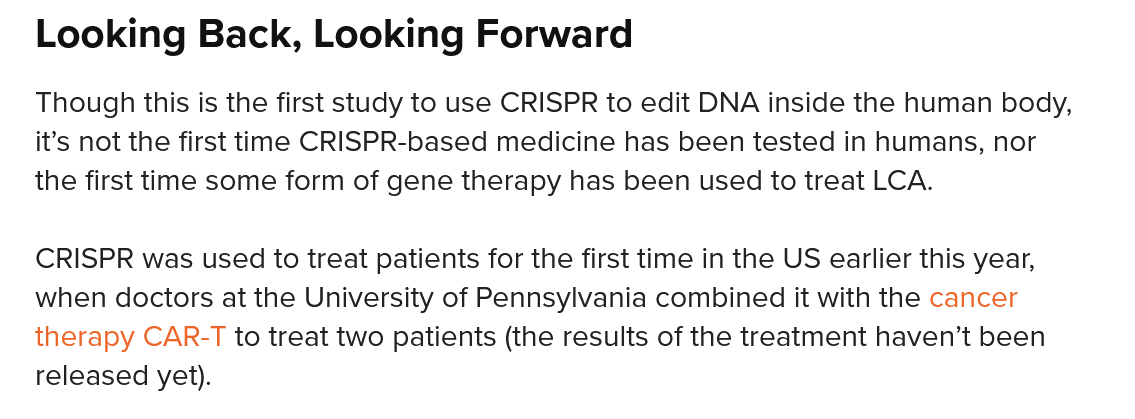
CRISPR was used to treat patients for the first time in the US earlier this year,
   when doctors at the University of Pennsylvania combined it with the cancer
   therapy CAR-T to treat two patients (the results of the treatment haven’t been
   released yet).
   Though this is the first study to use CRISPR to edit DNA inside the human body,
   it’s not the first time CRISPR-based medicine has been tested in humans, nor
   the first time some form of gene therapy has been used to treat LCA.
   Looking    Back,  Looking    Forward